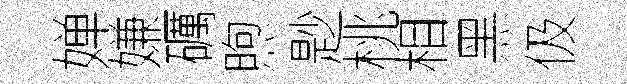
婵嫌礪煦尟桃相黑伋